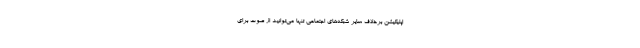
اپلیکیشن برخلاف سایر شبکه‌های اجتماعی تنها می‌توانید از صوت برای